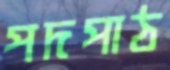
পদপাঠ